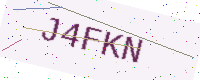
Text: J4FKN